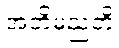
အတိမညတိ